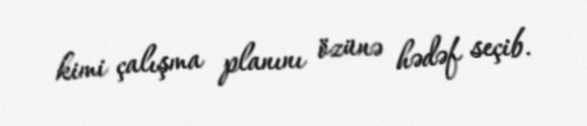
kimi çalışma planını özünə hədəf seçib.